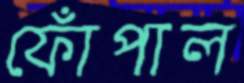
ফোঁপাল